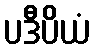
ပဒီပိယံ